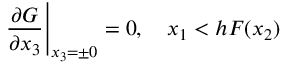
\left. \frac { \partial G } { \partial x _ { 3 } } \right| _ { x _ { 3 } = \pm 0 } = 0 , \quad x _ { 1 } < h F ( x _ { 2 } )